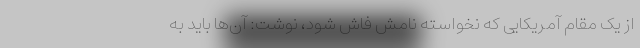
از یک مقام آمریکایی که نخواسته نامش فاش شود، نوشت: آن‌ها باید به